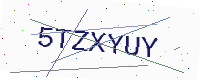
Text: 5TZXYUY